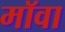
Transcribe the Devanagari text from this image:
मॉवा